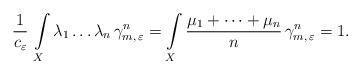
LaTeX: \begin{align*}\frac{1}{c_{\varepsilon}}\,\int\limits_X\lambda_1\dots\lambda_n\, \gamma_{m,\,\varepsilon}^n = \int\limits_X\frac{\mu_1 + \dots + \mu_n}{n}\, \gamma_{m,\,\varepsilon}^n =1.\end{align*}